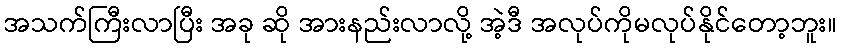
အသက်ကြီးလာပြီး အခု ဆို အားနည်းလာလို့ အဲ့ဒီ အလုပ်ကိုမလုပ်နိုင်တော့ဘူး။